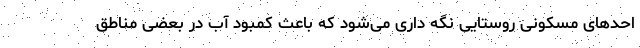
احدهای مسکونی روستایی نگه داری می‌شود که باعث کمبود آب در بعضی مناطق